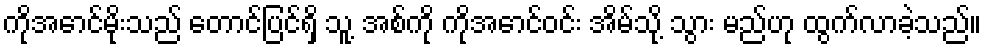
ကိုအောင်မိုးသည် တောင်ပြင်ရှိ သူ့ အစ်ကို ကိုအောင်ဝင်း အိမ်သို့ သွား မည်ဟု ထွက်လာခဲ့သည်။